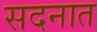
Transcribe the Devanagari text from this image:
सदनात